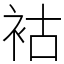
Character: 𧙖